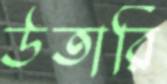
উতারি